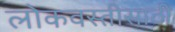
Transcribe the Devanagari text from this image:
लोकवस्तीसाठी